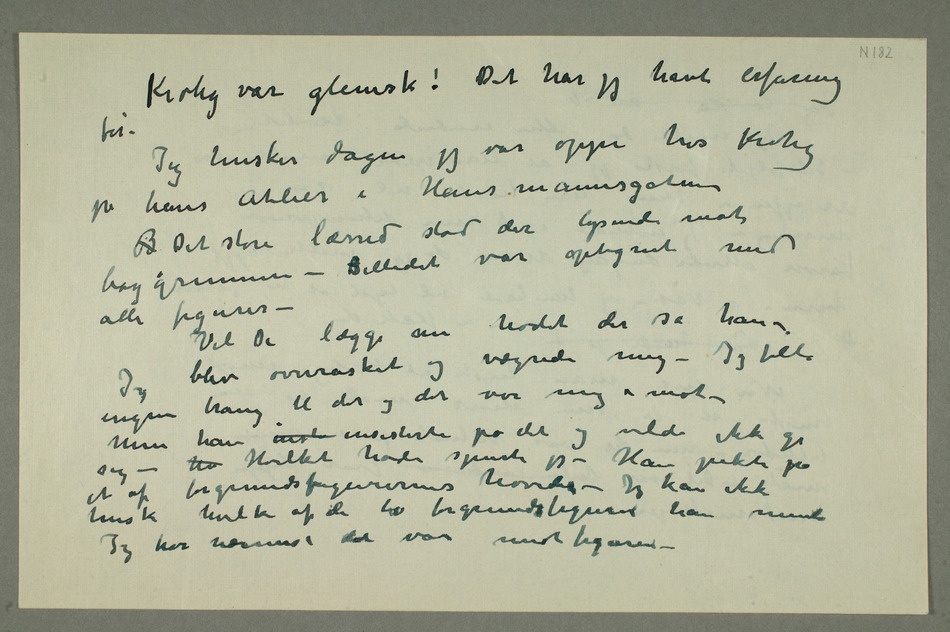
Krohg var glemsk! Det har jeg havt erfaring
for –
Jeg husker dagen jeg var oppe hos Krohg
på hans Atelier i Hausmannsgaten
B Det store lærred stod der lysende mod
– Billedet var optegnet med
alle figurer – Vil De lægge
hodet der sa han –
Jeg blev overrasket og vægrede mig – Jeg følte
ingen trang til det og det var mig i mot –
Men han inst insisterte på det og vilde ikke gi sig
– hv Hvilket hode spurte jeg – Han pekte på
et af forgrundsfigurernes hoveder – Jeg kan ikke
huske hvilket af de to forrundsfigurer han mente
Jeg tror nærmest det var midtfiguren –